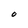
Character: 0